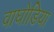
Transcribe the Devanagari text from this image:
वाघोडिया